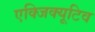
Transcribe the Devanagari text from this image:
एक्‍जिक्‍यूटिव